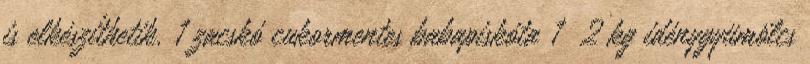
is elkészíthetik. 1 zacskó cukormentes babapiskóta 1 2 kg idénygyümölcs